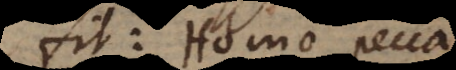
fit: Homo pecca